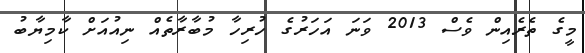
މީގެ ތެރެއިން ވެސް 2013 ވަނަ އަހަރުގެ ހުރިހާ މުބާރާތެއް ނިއުއަށް ކާމިޔާބު